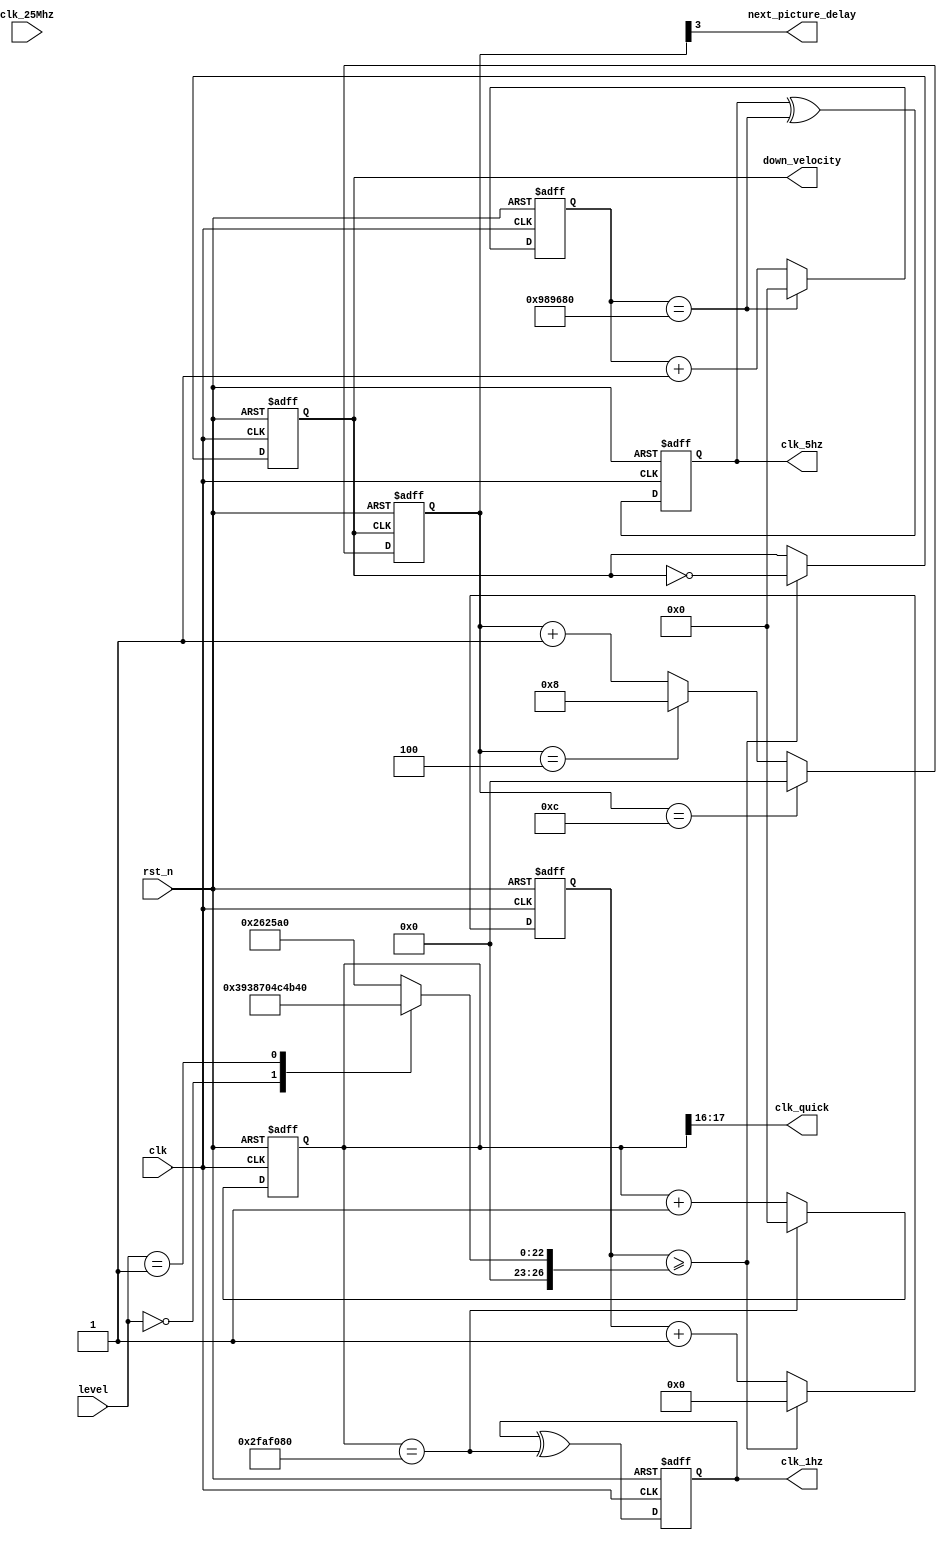
`timescale 1ns / 1ps
//////////////////////////////////////////////////////////////////////////////////
// Company: 
// Engineer: 
// 
// Design Name: 
// Module Name: frequency_divider
// Project Name: 
// Target Devices: 
// Tool Versions: 
// Description: 
// 
// Dependencies: 
// 
// Revision:
// Revision 0.01 - File Created
// Additional Comments:
// 
//////////////////////////////////////////////////////////////////////////////////


module frequency_divider(clk, rst_n, level, clk_1hz, clk_5hz, down_velocity, next_picture_delay, clk_quick,clk_25Mhz);
    
input clk, rst_n,clk_25Mhz;
input [1:0] level;
output clk_1hz, clk_5hz;    //clk_2hz is for background music
output reg down_velocity;
output next_picture_delay;
output [1:0] clk_quick;
    
reg [25:0] a_next;
reg [25:0] a;    
reg [25:0] b_next;
reg [25:0] b;
reg clk_1hz, clk_5hz;
wire [1:0] clk_quick;
wire clk_1hz_next, clk_5hz_next;
reg [26:0] tmp_dv_cnt;
reg [26:0] tmp_npd_cnt;
reg [26:0] dv_cnt_max;
reg [26:0] npd_cnt_max;
reg [26:0] dv_cnt;
reg [26:0] npd_cnt;
reg tmp_down_velocity,tmp_next_picture_delay;
wire [1:0] next_level;
reg [1:0] now_level;      
reg [3:0] cnt_for_npd,tmp_cnt_for_npd;
      
assign clk_1hz_next = clk_1hz ^ (a == 26'd50000000);
assign clk_5hz_next = clk_5hz ^ (b == 26'd10000000);
assign clk_quick[0] = a[16];
assign clk_quick[1] = a[17];
always@*begin
    if(a == 26'd50000000)
        a_next = 26'd0;
    else
        a_next = a + 1'b1; 
end
always @* begin
    if(b == 26'd10000000)
        b_next = 26'd0;
    else
        b_next = b + 1'b1;    
end

always @(posedge clk or negedge rst_n) begin
    if(~rst_n)
        a <= 26'd0;
    else
        a <= a_next;
    end
always @(posedge clk or negedge rst_n) begin
    if(~rst_n)
        b <= 26'd0;
    else 
        b <= b_next;
end

always @(posedge clk or negedge rst_n) begin
    if(~rst_n)
        clk_1hz <= 1'b0;
    else
        clk_1hz <= clk_1hz_next;
    end
always @(posedge clk or negedge rst_n) begin
    if(~rst_n)
        clk_5hz <= 1'b0;
    else
        clk_5hz <= clk_5hz_next; 
end

always@*    
case(level)
2'b00:    
begin
    dv_cnt_max=7500000;        
    npd_cnt_max=75000000;
end
2'b01:
begin
    dv_cnt_max=5000000;
    npd_cnt_max=50000000;
end
2'b10:
begin
    dv_cnt_max=2500000;
    npd_cnt_max=25000000;
end
default:
begin
    dv_cnt_max=2500000;
    npd_cnt_max=25000000;
end
endcase
/*
assign next_level=level;

always@(posedge clk_25Mhz or negedge rst_n)
if(~rst_n)
    now_level<=0;
else
    now_level<=next_level;

always@*
if(dv_cnt>=dv_cnt_max||now_level!=next_level)
    tmp_dv_cnt=0;
else
    tmp_dv_cnt=dv_cnt+1;

always@*
if(npd_cnt>=npd_cnt_max||now_level!=next_level)
    tmp_npd_cnt=0;
else
    tmp_npd_cnt=npd_cnt+1;

always@(posedge clk or negedge rst_n)
if(~rst_n)
begin
    dv_cnt<=27'd0;
    npd_cnt<=27'd0;
end
else
begin
    dv_cnt<=tmp_dv_cnt;
    npd_cnt<=tmp_npd_cnt;
end

always@*
    if(now_level!=next_level)
        tmp_down_velocity=1;
    else
    begin
        if(dv_cnt>=dv_cnt_max)
            tmp_down_velocity=~down_velocity;
        else
            tmp_down_velocity=down_velocity;
    end
    
always@*
    if(now_level!=next_level)
        tmp_next_picture_delay=1;
    else
    begin
    if(npd_cnt>=npd_cnt_max)
        tmp_next_picture_delay=~next_picture_delay;
    else
        tmp_next_picture_delay=next_picture_delay;    
    end
    
always@(posedge clk or negedge rst_n)
if(~rst_n)
begin
    down_velocity<=1;
    next_picture_delay<=1;
end
else
begin
    down_velocity<=tmp_down_velocity;
    next_picture_delay<=tmp_next_picture_delay;
end
*/

always@*
if(dv_cnt>=dv_cnt_max)
    tmp_dv_cnt=0;
else
    tmp_dv_cnt=dv_cnt+1;

always@(posedge clk or negedge rst_n)
if(~rst_n)
    dv_cnt<=0;
else
    dv_cnt<=tmp_dv_cnt;

always@*
if(dv_cnt>=dv_cnt_max)
    tmp_down_velocity=~down_velocity;
else
    tmp_down_velocity=down_velocity;
    
always@(posedge clk or negedge rst_n)
if(~rst_n)
    down_velocity<=0;
else
    down_velocity<=tmp_down_velocity;

assign next_picture_delay=cnt_for_npd[3];

always@*
if(cnt_for_npd==4'd12)
    tmp_cnt_for_npd=0;
else if (cnt_for_npd==4'd4)
    tmp_cnt_for_npd=8;
else
    tmp_cnt_for_npd=cnt_for_npd+1;

always@(posedge down_velocity or negedge rst_n)
if(~rst_n)
    cnt_for_npd<=4'd8;
else
    cnt_for_npd<=tmp_cnt_for_npd;


endmodule